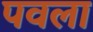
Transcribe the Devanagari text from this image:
पवला